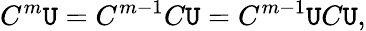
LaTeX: C^{m}\mathtt{U}=C^{m-1}C\mathtt{U}=C^{m-1}\mathtt{U}C\mathtt{U},